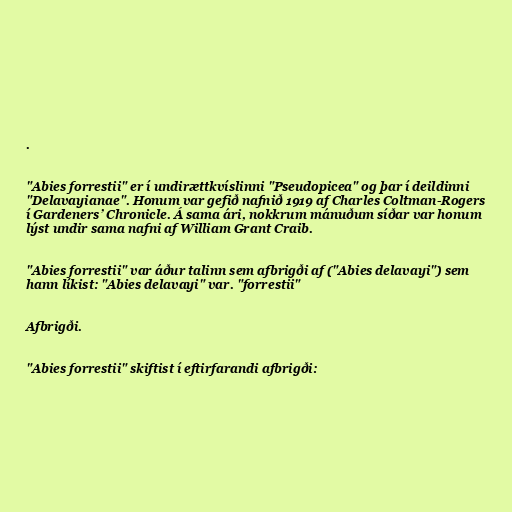
.

"Abies forrestii" er í undirættkvíslinni "Pseudopicea" og þar í deildinni
"Delavayianae". Honum var gefið nafnið 1919 af Charles Coltman-Rogers
í Gardeners’ Chronicle. Á sama ári, nokkrum mánuðum síðar var honum
lýst undir sama nafni af William Grant Craib.

"Abies forrestii" var áður talinn sem afbrigði af ("Abies delavayi") sem
hann líkist: "Abies delavayi" var. "forrestii"

Afbrigði.

"Abies forrestii" skiftist í eftirfarandi afbrigði: